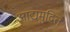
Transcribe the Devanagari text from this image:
आद्यमुद्रित